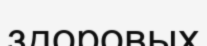
здоровых